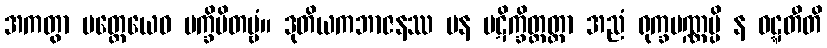
အကတွာ ပတ္တေယေဝ ပက္ခိပိတဗ္ဗံ။ ဒုတိယကဘာဇနဿ ပန ပဋိက္ခိတ္တတ္တာ အညံ ရုက္ခပဏ္ဏမ္ပိ န ဝဋ္ဋတီတိ